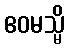
ဧဝမသ္မိ